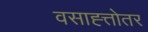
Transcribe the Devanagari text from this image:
वसाह्त्तोतर